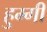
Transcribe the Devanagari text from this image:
हुम्गी